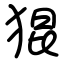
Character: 猑